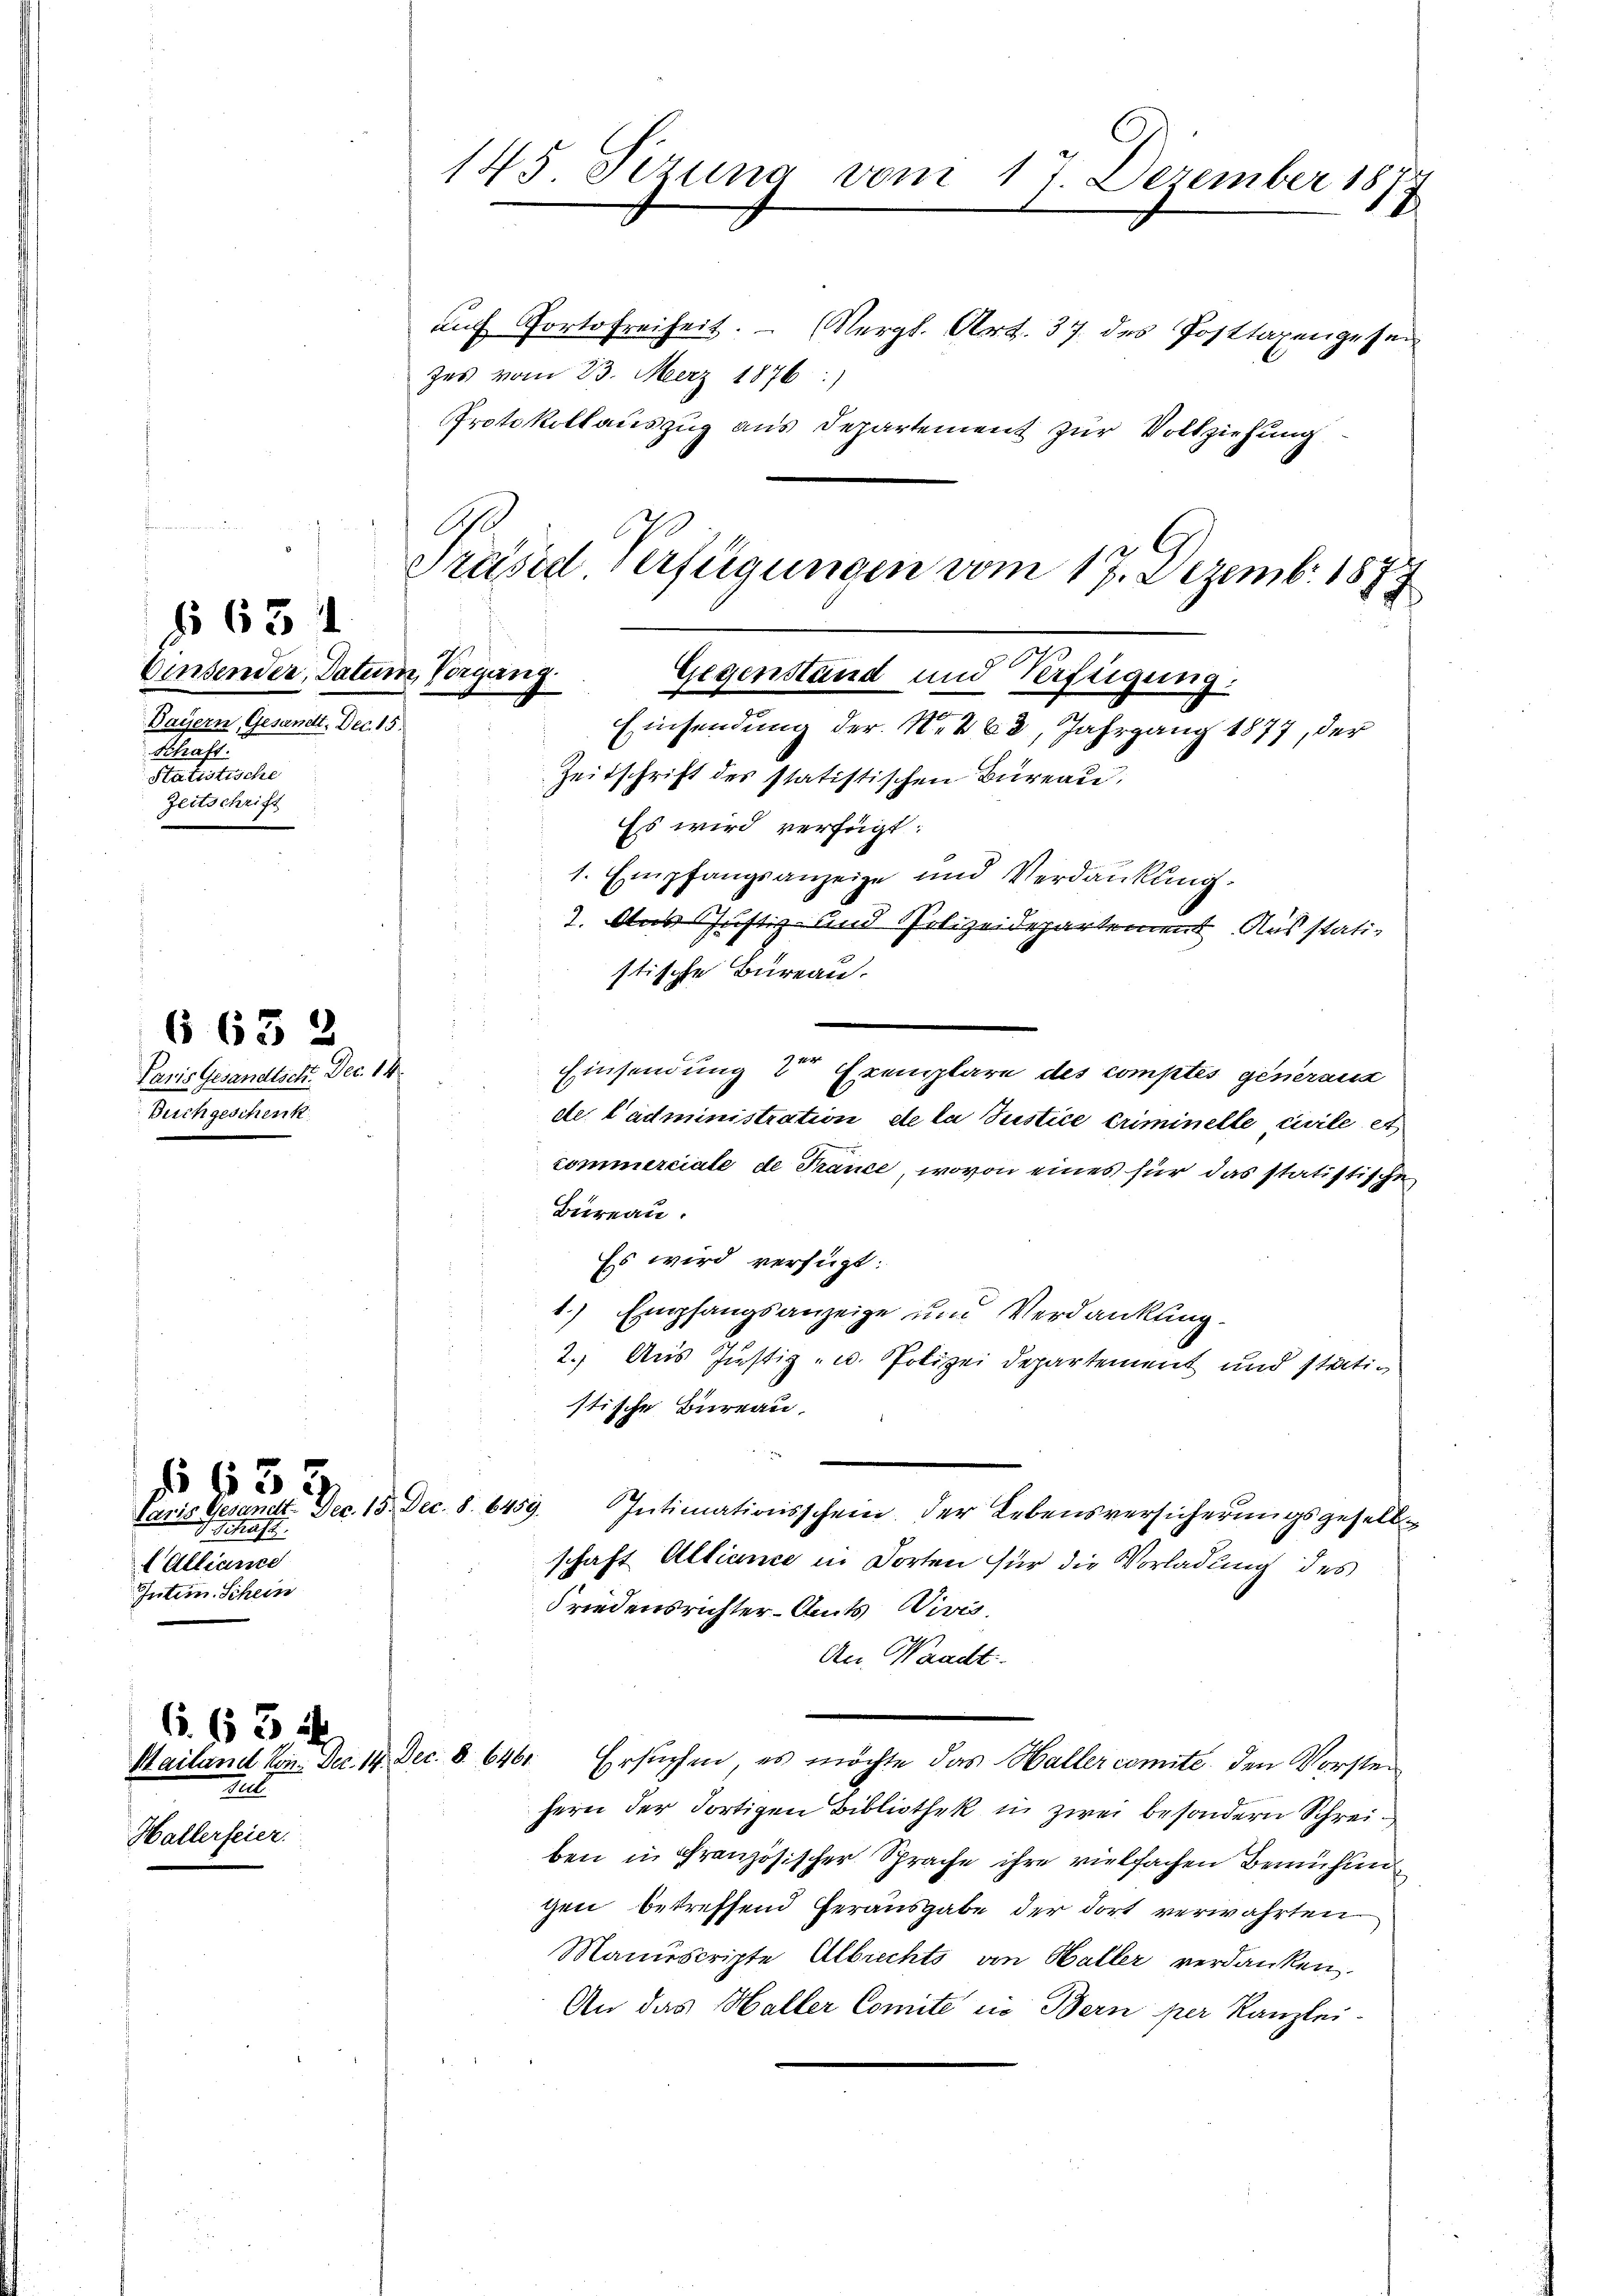
631.
Einsender, Datum, Vorgang.
Dayern, Gesandt. Dec. 15.
Schaft.
Statistische
Zeitschrift

6632

§ 63

Paris Gesandtsch. Dec. 14
Beichgeschenk

Varie Gesandte Dec. 15. Dec. 8. 6459
 hast.
Alliance
Intim. Schein

6. 63 d
Tell
Hallerfeier.

Einsendung der N. 288, Jahrgang 1877, der

145 Pezuna vom 17. Dezember 187
.
auch Portofreiheit. (Vergl. Art. 37 des Posttaxengesen
zes vom 23. Merz 1876 :)
Protokollauszug aus Departement zur Vollziehung
Präsid. Verfügungen vom 17. Dezemb. 1877
Gegenstand und Verftigung:

Zeitschrift des statistischen Büreau,
Es wird verfügt:
1. Empfangsanzeige und Verdankung.
7. Aus Justiz und Polizeidepartement Ausstatistische Bureau.
Einsendung 2 Exemplare des comptes generanz
de l’administration etc la Justice Criminelle civile et
commerciale de Trance, wovon eines für das statistische
Bureau.
Es wird verfügt:
1.) Empfangsanzeige und Verdankung.
2. Aus Justiz- u. Polizei Departement und stätistische Büreau.
Intimationsschein, der Lebensversicherungsgesellschaft Alliance in Dorten für die Vorladung des
Friedensrichter-Amts Vivis.
An Waadt.
Mailand von. Dez. 14. Dec. 8. 646. Ersuchen, es möchte das Haller comite den Vorsten
fern der Fortigen Bibliothek in zwei besondern Schreiben in Französischer Sprache ihre vielfachen Bemühun
gen betreffend Herausgabe der dort verwahrten
Manuscripte Albrechts an Haller verdanken.
An das Haller Comite die Bern per Kanzlei-